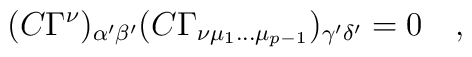
(C \Gamma^\nu)_{\alpha' \beta'} (C \Gamma_{\nu \mu_1 \dots\mu_{p-1}})_{\gamma' \delta'}=0\quad,